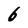
Character: 6